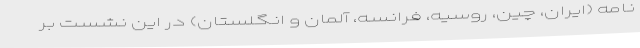
نامه (ایران، چین، روسیه، فرانسه، آلمان و انگلستان) در این نشست بر